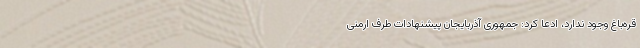
قره‌باغ وجود ندارد، ادعا کرد: جمهوری آذربایجان پیشنهادات طرف ارمنی